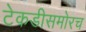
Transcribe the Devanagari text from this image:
टेकडीसमोरच